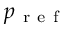
p _ { \mathrm { ~ r ~ e ~ f ~ } }